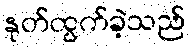
နုတ်ထွက်ခဲ့သည်